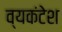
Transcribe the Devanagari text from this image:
व्यकंटेश